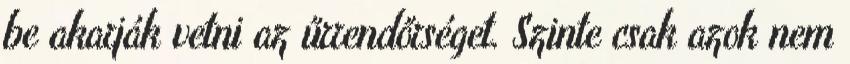
be akarják vetni az űrrendőrséget. Szinte csak azok nem